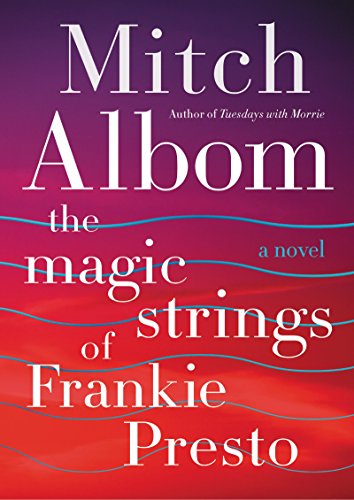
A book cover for The Magic Strings of Frankie Presto: A Novel; Mitch Albom; Literature & Fiction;